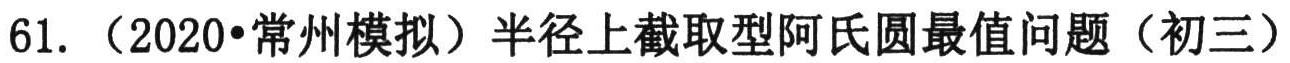
61. （2020•常州模拟）半径上截取型阿氏圆最值问题（初三）